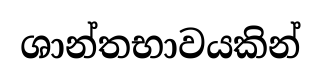
ශාන්තභාවයකින්